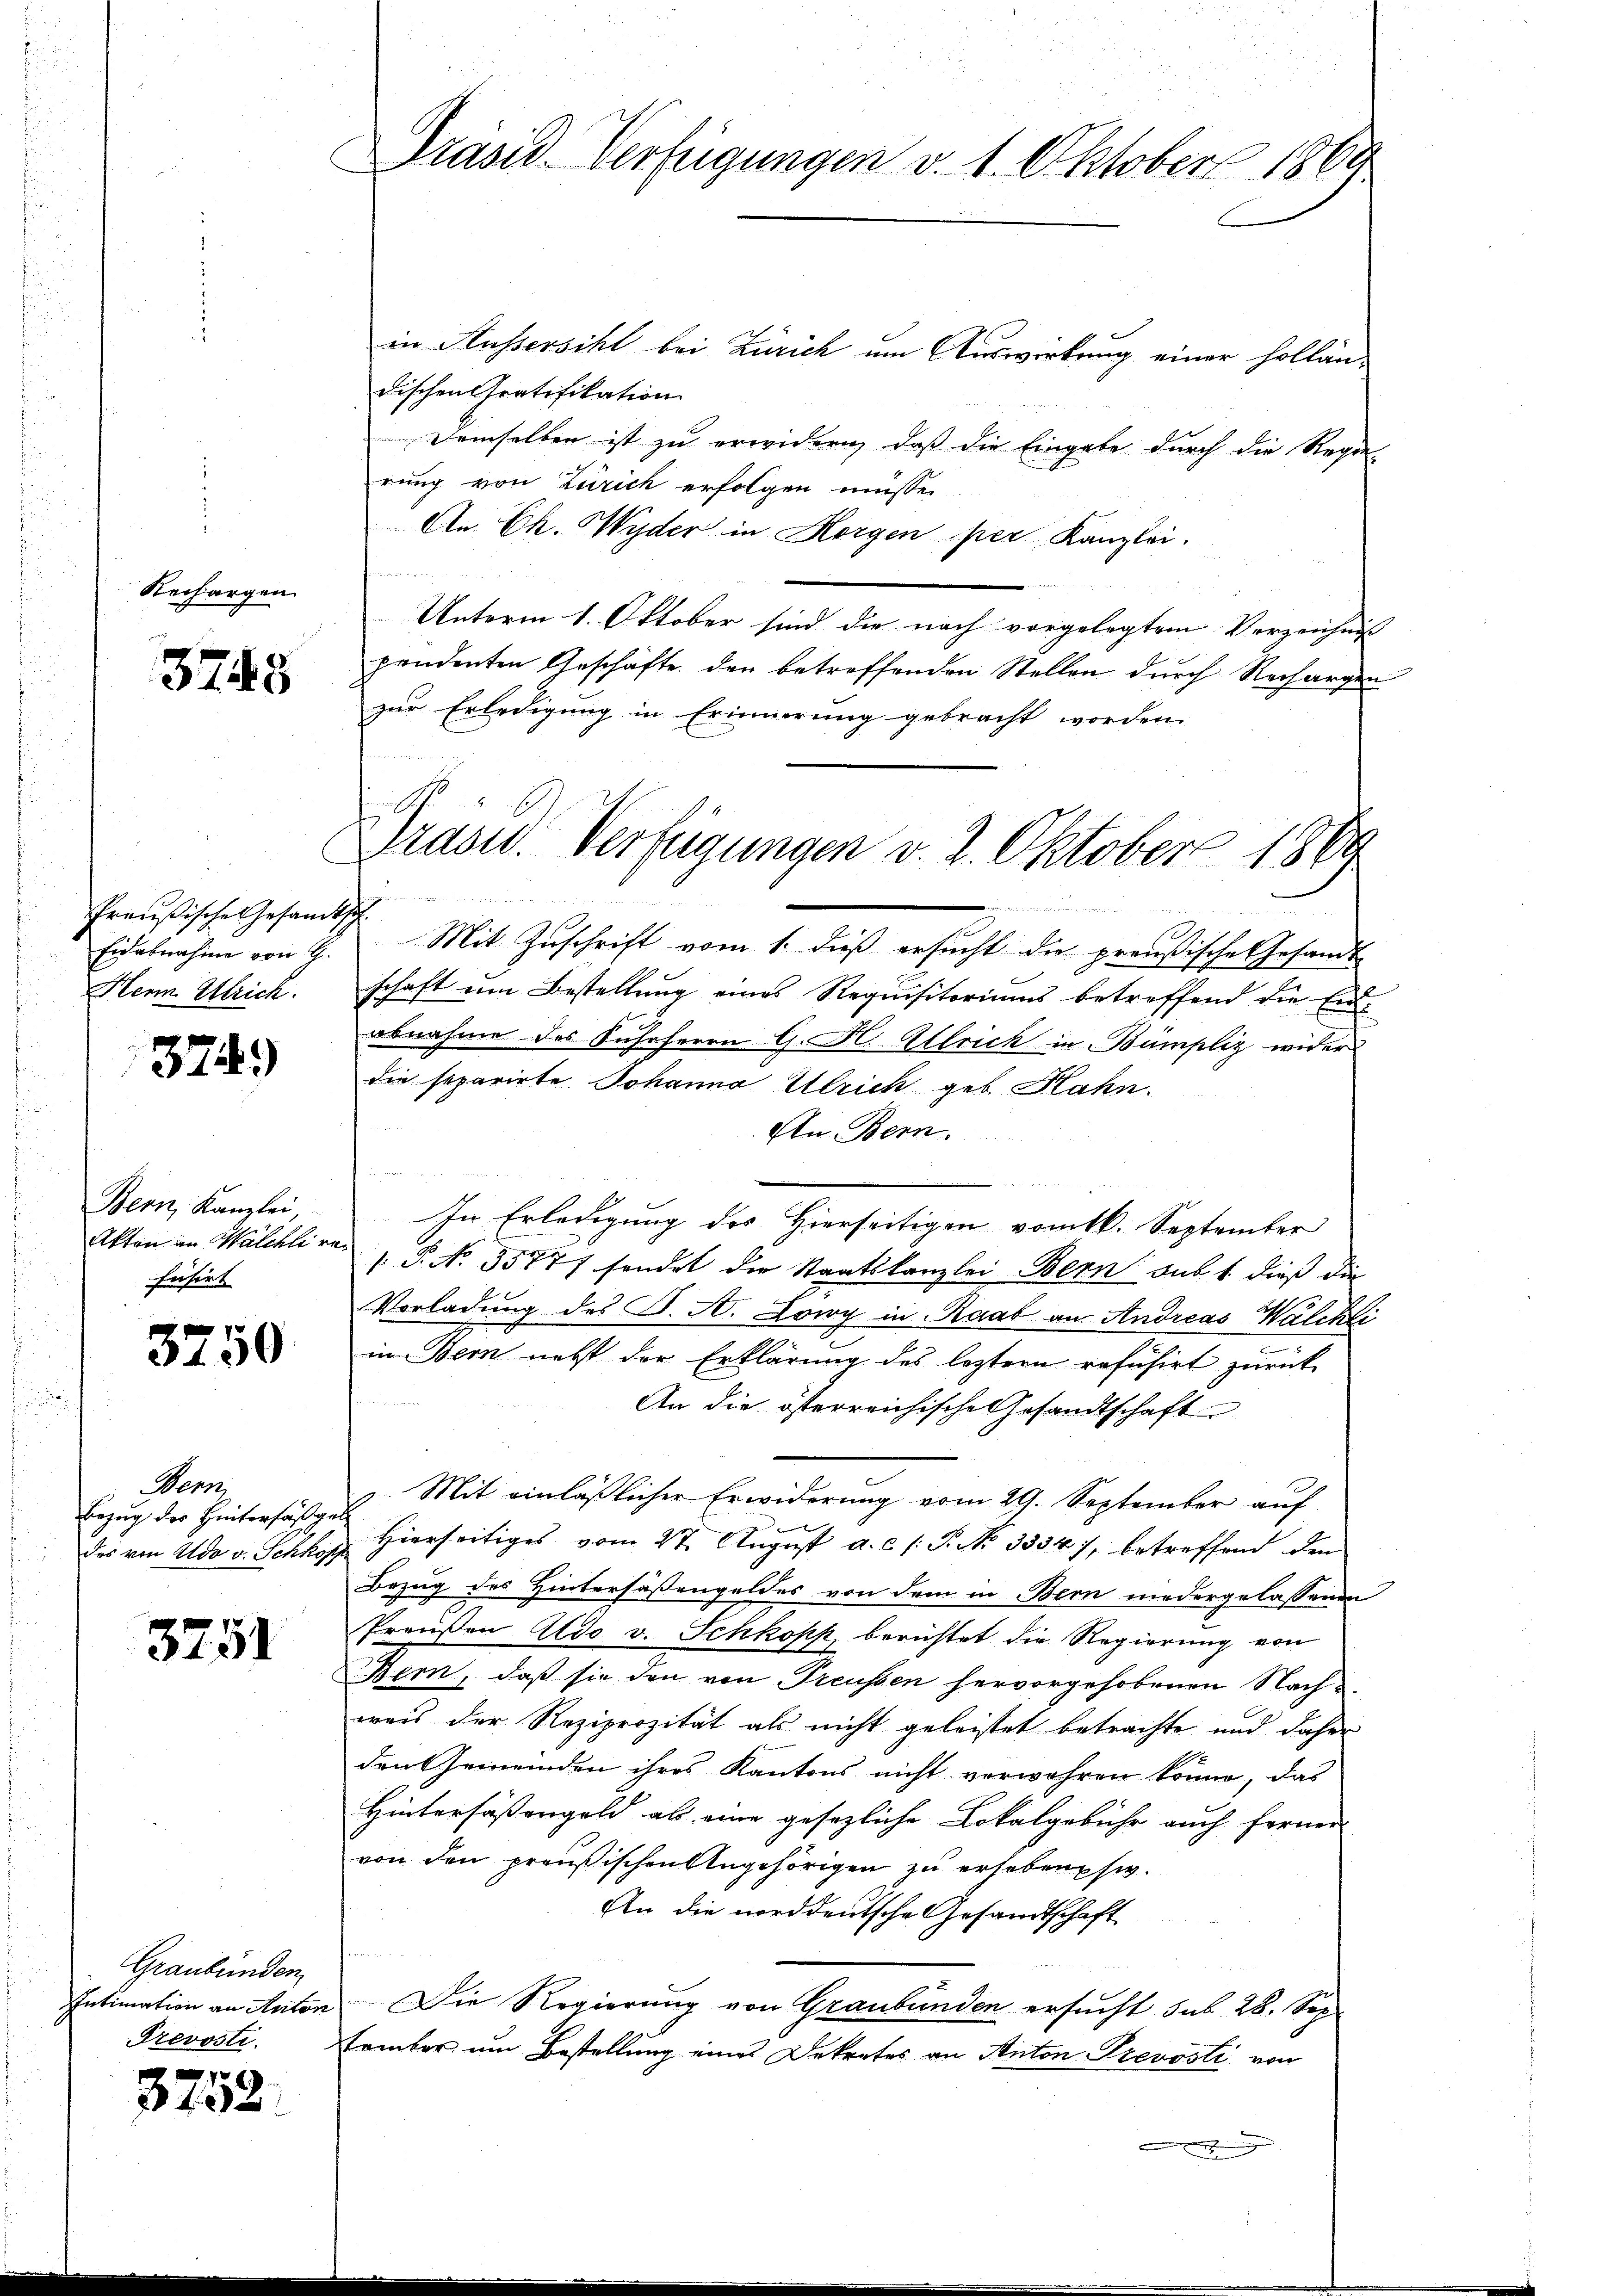
Rechargen

3748

Preußische Gesandtsch
Eidabnahme von G.
Herm Ulrich.

3749)

Bern, Kanzlei,
fisirt

3750

Bern,
Bezug der Hintersäßge
das von Aldo v. Schkopp

3751

Graubünden
Intimation an Anton
Prevosti

3752.

Präsid. Verfügungen v. 1. Oktober 1869

in Kussersihl bei Zürich um Auswirkung einer hollan-
dischen Gratifikation
Demselben ist zu erwidern, daß die Eingabe durch die Regie
rung von Zürich erfolgen müssen.
An Ch. Wyder in Horgen per Kanzlei.
Unterm 1. Oktober sind die nach vorgelegtem Verzeichnis
pendenten Geschäfte den betreffenden Stellen durch Rechargen
zur Erledigung in Erinnerung gebracht worden.
Mit Zuschrift vom 1. dieß ersucht die preußische Gesandt-
schaft um Bestellung eines Requisitoriums betreffend die Eiabnahme des Fuhrherrn G. H. Ulrich in Bampliz wider
die separirte Johanna Ulrick geb. Hahn.
An Bern.
In Erledigung des Hierseitigen vom 16. September
Akten in Walchli von P. No. 35777 sondet die Staatskanzlei Bern aus 1 dieß die
Vorladung des K. A. Lowy in Raab an Andreas Walchli
in Bern nebst der Erklärung des leztern refuhirt zurück
An die österreichische Gesandtschaft
Mit einläßlicher Erwiderung vom 29. September auf
Hierseitiges vom 27. August a. c. s. P. No 33347, betreffend den
Bezug des Hintersäßengeldes von dem in Bern niedergelassenen
Preußen Aldo v. Schkopp, berichtet die Regierung von
Bern, daß sie den von Treussen hervorgehobenen Nach-
weis der Reziprozität als nicht geleistet betrachte und daher
den Gemeinden ihres Kantons nicht verwahren könne, das
Hintersäßengeld als eine gesezliche Lokalgebühr auch ferner
von den preußischen Angehörigen zu erhebensw
An die norddeutsche Gesandtschaft
Die Regierung von Graubünden ersucht sub 28. Sep.
tember um Bestellung eines Dekretes an Anton Prevosti von
e

Grasw. Verfügungen v. 2. Oktober 1869.
 Sinnen, und